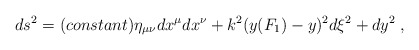
\begin{align*}d s^2 = (constant) \eta_{\mu \nu} d x^\mu d x^\nu + k^2 (y(F_1) - y)^2 d \xi^2 + d y^2 \; ,\end{align*}